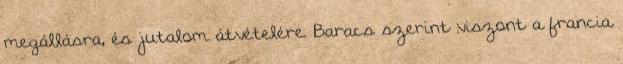
megállásra, és jutalom átvételére. Baracs szerint viszont a francia